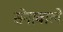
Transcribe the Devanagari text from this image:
सेनावाले